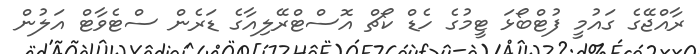
ރާއްޖޭގެ ގައުމީ ފުޓްބޯޅަ ޓީމުގެ ހެޑް ކޯޗް އޮސްޓްރޭލިއާގެ ޑަރެން ސްޓެވާޓް އަލުން